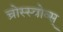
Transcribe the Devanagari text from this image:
च्रोस्स्बोव्स्